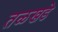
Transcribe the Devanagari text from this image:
तळखडे